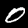
Digit: 0